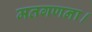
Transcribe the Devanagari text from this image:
मतगणना।